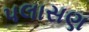
પલાસણ